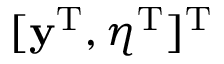
[ \mathbf { y } ^ { \mathrm { T } } , \boldsymbol { \eta } ^ { \mathrm { T } } ] ^ { \mathrm { T } }